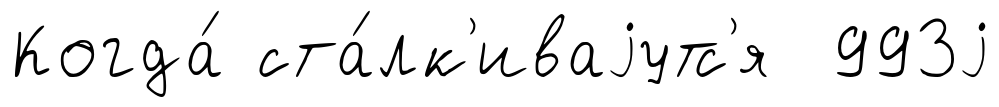
Когда́ ста́лк'иваjутс'я 993j